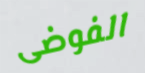
الفوضى